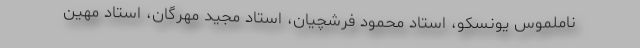
ناملموس یونسکو، استاد محمود فرشچیان، استاد مجید مهرگان، استاد مهین